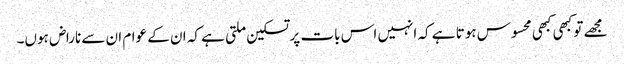
مجھے تو کبھی کبھی محسوس ہوتا ہے کہ انہیں اس بات پر تسکین ملتی ہے کہ ان کے عوام ان سے ناراض ہوں۔